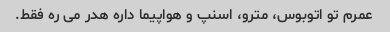
عمرم تو اتوبوس، مترو، اسنپ و هواپیما داره هدر می ره فقط.